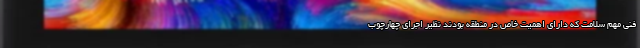
فنی مهم سلامت که دارای اهمیت خاص در منطقه بودند نظیر اجرای چهارچوب